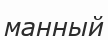
манный